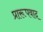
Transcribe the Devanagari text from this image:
प्रारूपवाद